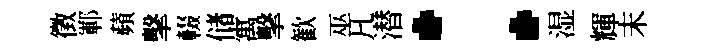
徵鄆蘋擊輟储寓擊歓巫凡潜：湿輝末